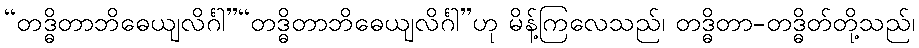
“တဒ္ဓိတာဘိဓေယျလိင်္ဂါ”“တဒ္ဓိတာဘိဓေယျလိင်္ဂါ”ဟု မိန့်ကြလေသည်၊ တဒ္ဓိတာ-တဒ္ဓိတ်တို့သည်၊